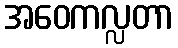
အဝေကလ္လတာ